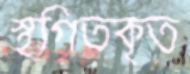
স্থগিতকৃত